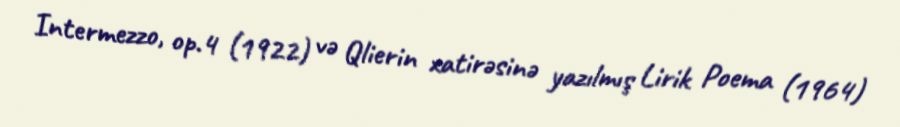
Intermezzo, op.4 (1922) və Qlierin xatirəsinə yazılmış Lirik Poema (1964)